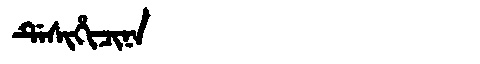
Manchu: ᡩᡝᠰᡳᡥᡳᠴᡳᠨᠠ
Romanization: DESIHICINA